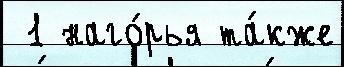
 1 наго́рья та́кже